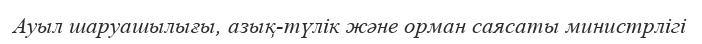
Ауыл шаруашылығы, азық-түлік және орман саясаты министрлігі